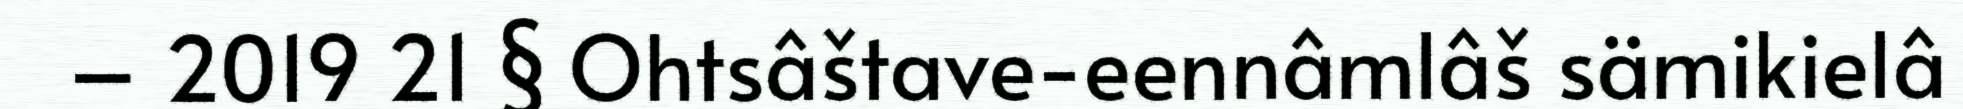
– 2019 21 § Ohtsâštave-eennâmlâš sämikielâ